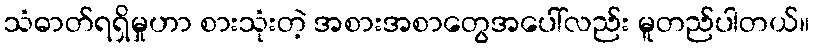
သံဓာတ်ရရှိမှုဟာ စားသုံးတဲ့ အစားအစာတွေအပေါ်လည်း မူတည်ပါတယ်။